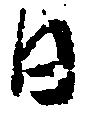
日